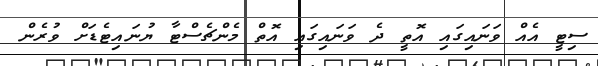
ސިޓީ އެއް ވަނައިގައި އޮތީ ދެ ވަނައިގައި އޮތް މެންޗެސްޓާ ޔުނައިޓެޑަށް ވުރެން